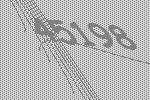
45198